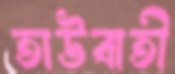
তাউবাতী